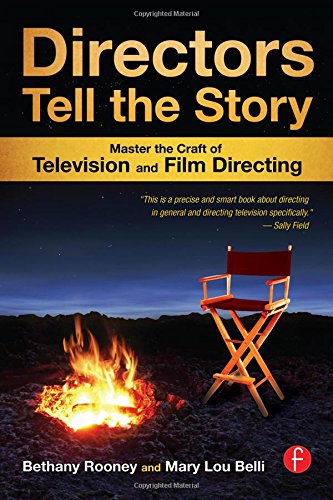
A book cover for Directors Tell the Story: Master the Craft of Television and Film Directing; Bethany Rooney; Humor & Entertainment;